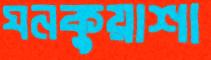
ঘনকুয়াশা